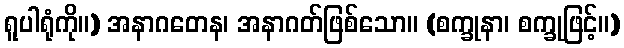
ရူပါရုံကို။) အနာဂတေန၊ အနာဂတ်ဖြစ်သော။ (စက္ခုနာ၊ စက္ခုဖြင့်။)